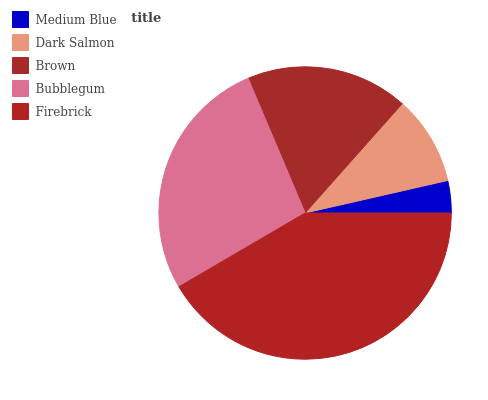
| Medium Blue | Dark Salmon | Brown | Bubblegum | Firebrick |
 | --- | --- | --- | --- | --- |
 | 3.56% | 9.88% | 18% | 27% | 41.5% |